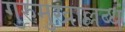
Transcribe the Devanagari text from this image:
गुरुमुखाल्लब्धं